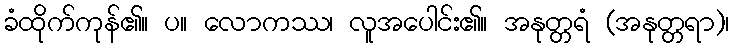
ခံထိုက်ကုန်၏။ ပ။ လောကဿ၊ လူအပေါင်း၏။ အနုတ္တရံ (အနုတ္တရာ)၊